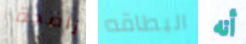
ناضجة البطاقه أنه